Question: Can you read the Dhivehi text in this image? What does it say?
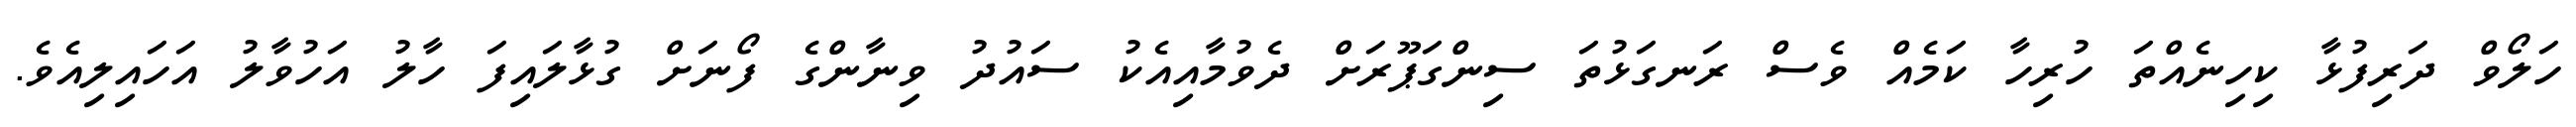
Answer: ހަލޯވް ދަރިފުޅާ ކިހިނެއްތަ ހުރިހާ ކަމެއް ވެސް ރަނގަޅުތަ ސިންގަޕޫރަށް ދެވުމާއިއެކު ސައުދު ވިނާންގެ ފޯނަށް ގުޅާލައިފަ ހާލު އަހުވާލު އަހައިލިއެވެ.